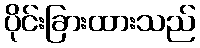
ပိုင်းခြားထားသည်